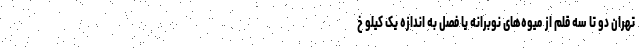
تهران دو تا سه قلم از میوه‌های نوبرانه یا فصل به اندازه یک کیلو خ